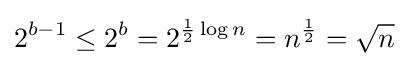
2^{b-1}\leq 2^{b}=2^{{1 \over 2}\log n}=n^{1 \over 2}={\sqrt {n}}